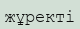
жұректі